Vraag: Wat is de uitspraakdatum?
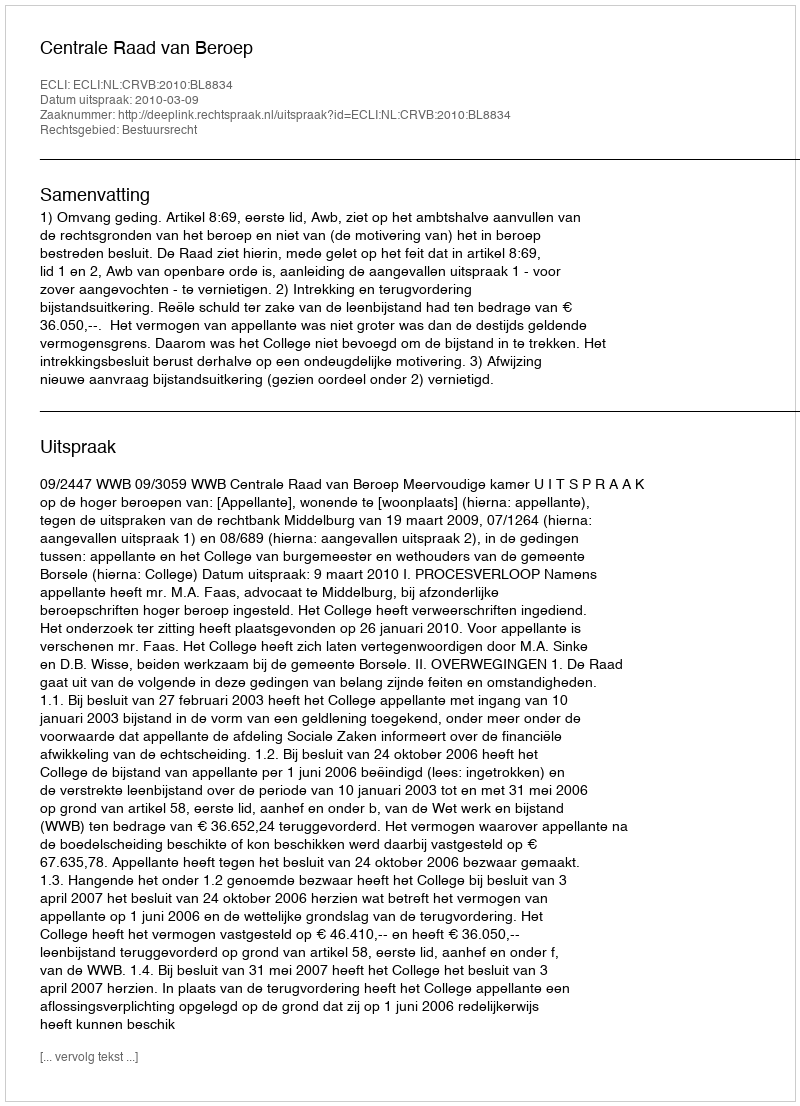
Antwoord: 2010-03-09